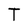
Character: T